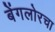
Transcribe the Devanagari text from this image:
बेंगलोरचा